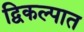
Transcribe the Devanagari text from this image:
द्विकल्पात